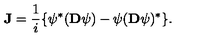
{ \bf J } = \frac { 1 } { i } \{ \psi ^ { * } ( { \bf D } \psi ) - \psi ( { \bf D } \psi ) ^ { * } \} .